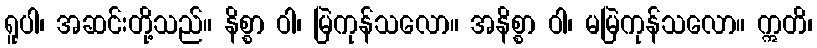
ရူပါ၊ အဆင်းတို့သည်။ နိစ္စာ ဝါ၊ မြဲကုန်သလော။ အနိစ္စာ ဝါ၊ မမြဲကုန်သလော။ ဣတိ၊